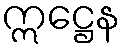
ဣဋ္ဌေန